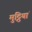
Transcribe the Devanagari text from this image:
मुट्ठियां